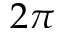
2 \pi